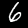
Digit: 6